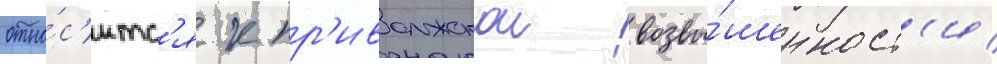
отно́с'итс'я к пр'иволжскои возвы́шенност'и